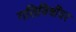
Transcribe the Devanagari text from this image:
गतिविधींवर